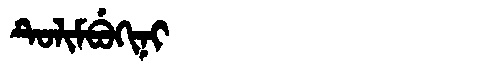
Manchu: ᡨᡠᠯᡳᠮᠪᡠᡴᡳᠨᡳ
Romanization: TULIMBUKINI